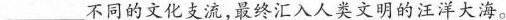
________不同的文化支流，最终汇入人类文明的汪洋大海。